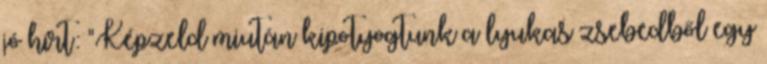
jó hírt: "Képzeld miután kipotyogtunk a lyukas zsebedből egy